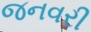
જનવરી